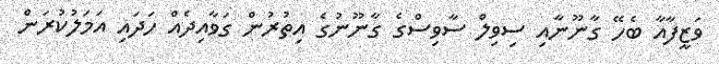
ވަޒީފާއާ ބެހޭ ގާނޫނާއި ސިވިލް ސާވިސްގެ ގާނޫނުގެ އިތުރުން ގަވާއިދެއް ހަދައި އަމަލުކުރަން